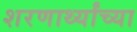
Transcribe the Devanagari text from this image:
शरणार्थ्यांच्या